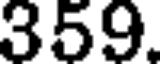
359.